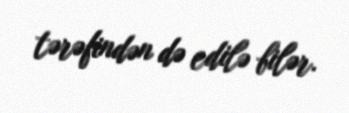
tərəfindən də edilə bilər.